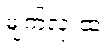
မျက်လုံးထဲ